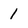
Character: l